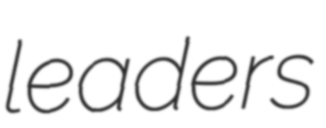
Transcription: leaders